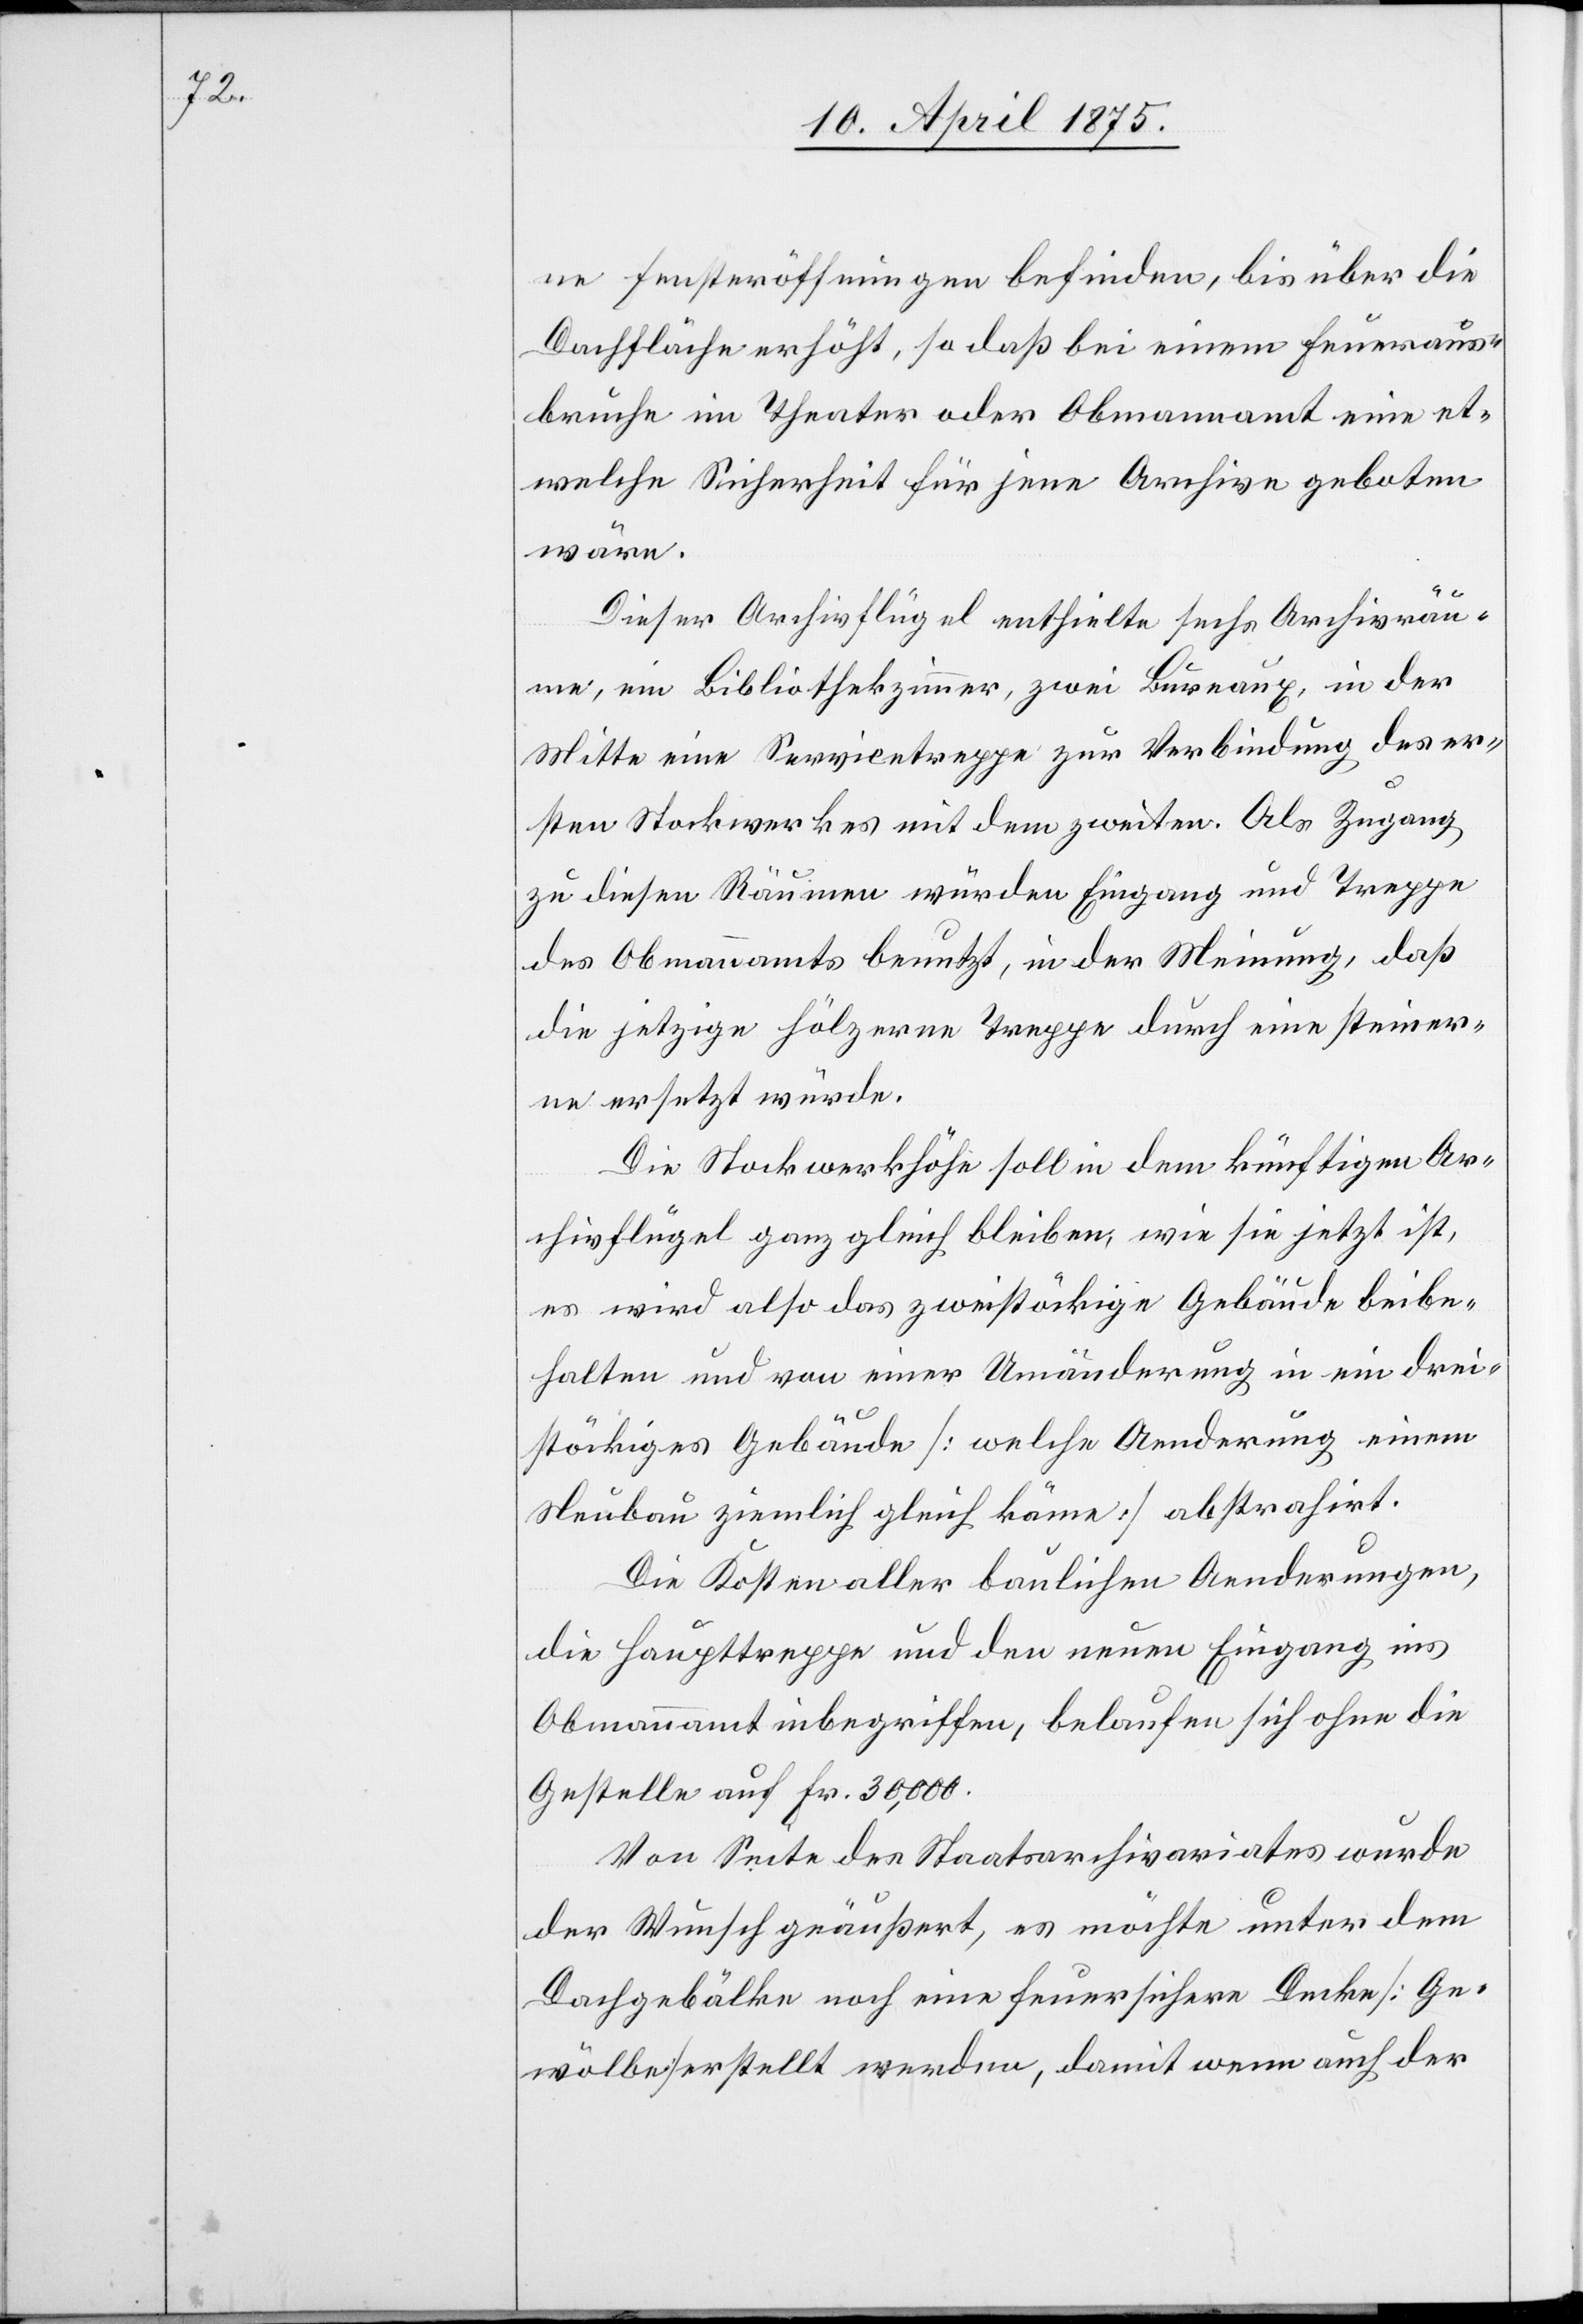
ne Fensteröffnungen befinden, bis über die
Dachfläche erhöht, so daß bei einem Feueraus¬
bruche im Theater oder Obmannamt eine et¬
welche Sicherheit für jene Archive geboten
wäre.
Dieser Archivflügel enthielte sechs Archivräu¬
me, ein Bibliothekzimmer, zwei Bureaux, in der
Mitte eine Servicetreppe zur Verbindung des er¬
sten Stockwerkes mit dem zweiten. Als Zugang
zu diesen Räumen würden Eingang und Treppe
des Obmannamts benutzt, in der Meinung, daß
die jetzige hölzerne Treppe durch eine steiner¬
ne ersetzt würde.
Die Stockwerkhöhe soll in dem künftigen Ar¬
chivflügel ganz gleich bleiben, wie sie jetzt ist,
es wird also das zweistöckige Gebäude beibe¬
halten und von einer Umänderung in ein drei¬
stöckiges Gebäude [welche Aenderung einem
Neubau ziemlich gleich käme] abstrahirt.
Die Kosten aller baulichen Aenderungen,
die Haupttreppe und den neuen Eingang ins
Obmannamt inbegriffen, belaufen sich ohne die
Gestelle auf Fr. 30,000.
Von Seite des Staatsarchivariates wurde
der Wunsch geäußert , es möchte unter dem
Dorfgebälke noch eine feuersichere Decke [Ge¬
wölbe] erstellt werden, damit wenn auch der